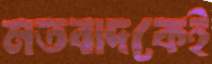
মতবাদকেই